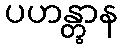
ပဟန္တွာန